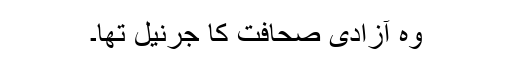
وہ آزادی صحافت کا جرنیل تھا۔